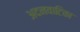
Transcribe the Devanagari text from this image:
अदनवाटिका